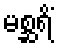
မစ္ဆရိံ